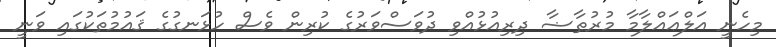
މިހެނީ އަލްޢައްލާމާ މުރުޠާޟާ ދިރިއުޅުއްވި ދުވަސްވަރުގެ ކުރިން ވެސް ހުޅަނގުގެ ޤައުމުތަކުގައި ވަނީ